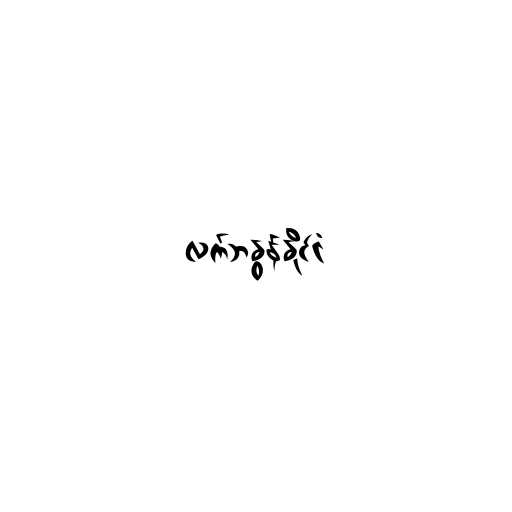
လက်ဘနွန်နိုင်ငံ